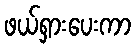
ဖယ်ရှားပေးကာ